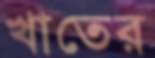
খাতের